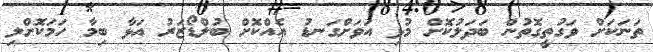
ތަނަކަށް ވަގުތީގޮތުން ބަދަލުކޮށް މުޅި އަވަށްގަނޑު އެއްކޮށް ބުލްޑޯޒަރު އަޅާ ބިމާ ހަމަކޮށްލި